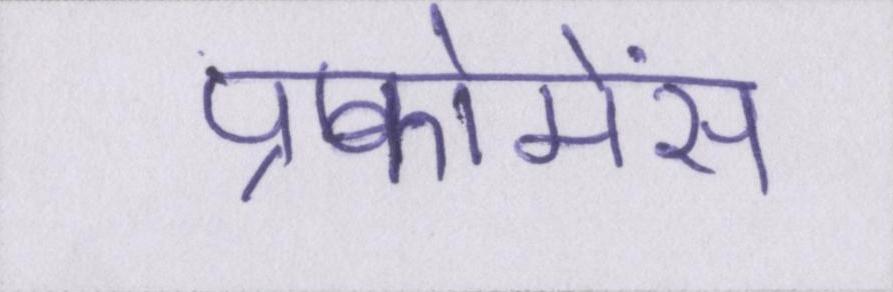
प्रफोमेंस